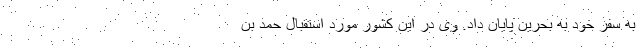
به سفر خود به بحرین پایان داد. وی در این کشور مورد استقبال حمد بن